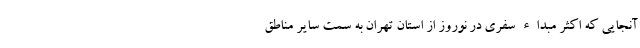
آنجایی که اکثر مبداء سفری در نوروز از استان تهران به سمت سایر مناطق